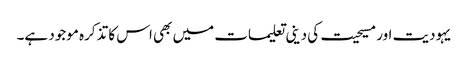
یہودیت اور مسیحیت کی دینی تعلیمات میں بھی اس کا تذکرہ موجود ہے۔